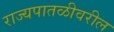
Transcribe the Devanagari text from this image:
राज्यपातळीवरील